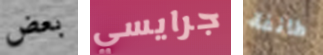
بعض جرايسي طائفة